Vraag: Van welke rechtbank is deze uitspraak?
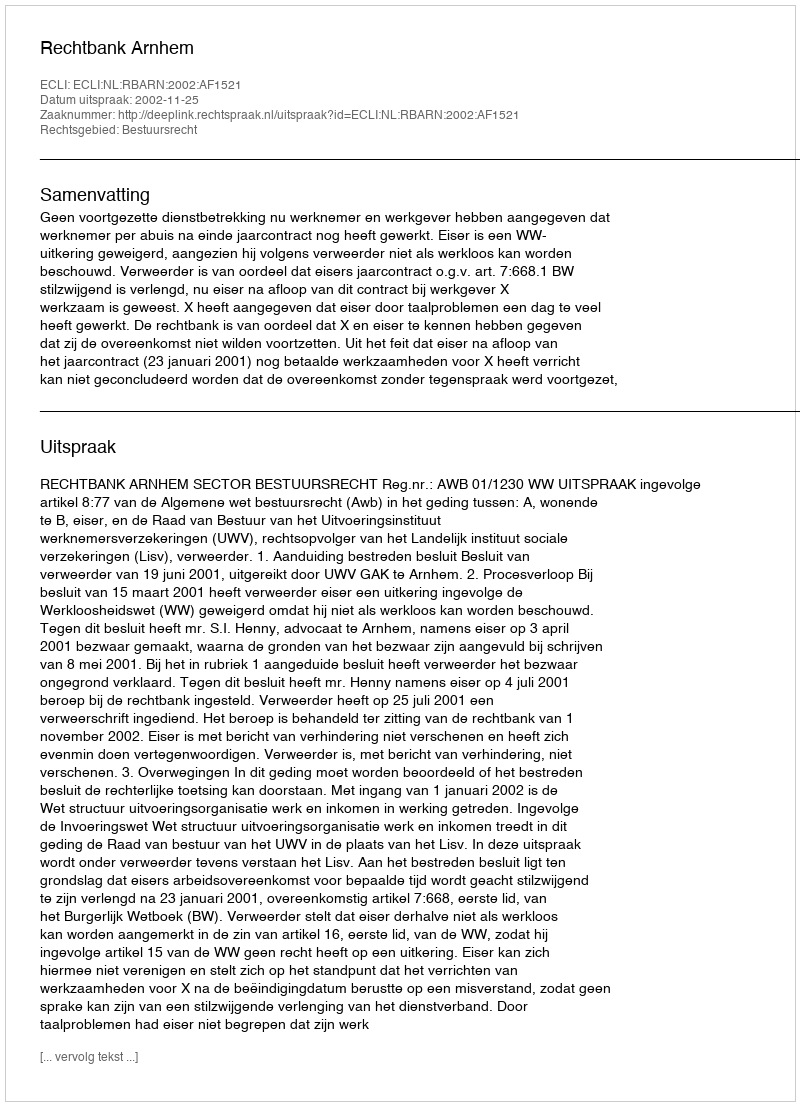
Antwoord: Rechtbank Arnhem